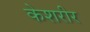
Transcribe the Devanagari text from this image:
केशरीर